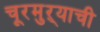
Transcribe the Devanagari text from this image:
चूरमुऱ्याची